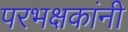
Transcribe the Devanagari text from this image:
परभक्षकांनी